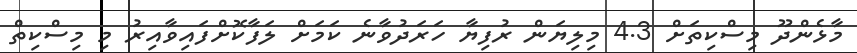
މާޅެންދޫ މިސްކިތަށް 4.3 މިލިޔަން ރުފިޔާ ހަރަދުވާނެ ކަމަށް ލަފާކޮށްފައިވާއިރު މި މިސްކިތް